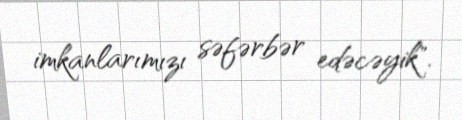
imkanlarımızı səfərbər edəcəyik".